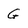
Character: G